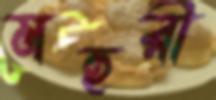
মহুরী